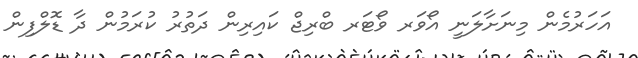
އަހަރުމެން މިނަށާލަނީ އޯވަރ ވޯޓަރ ބްރިޖް ކައިރިން ދަތުރު ކުރަމުން ދާ ޑޮލްފިން